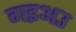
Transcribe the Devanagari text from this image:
गइअउ